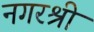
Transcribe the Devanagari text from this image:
नगरश्री